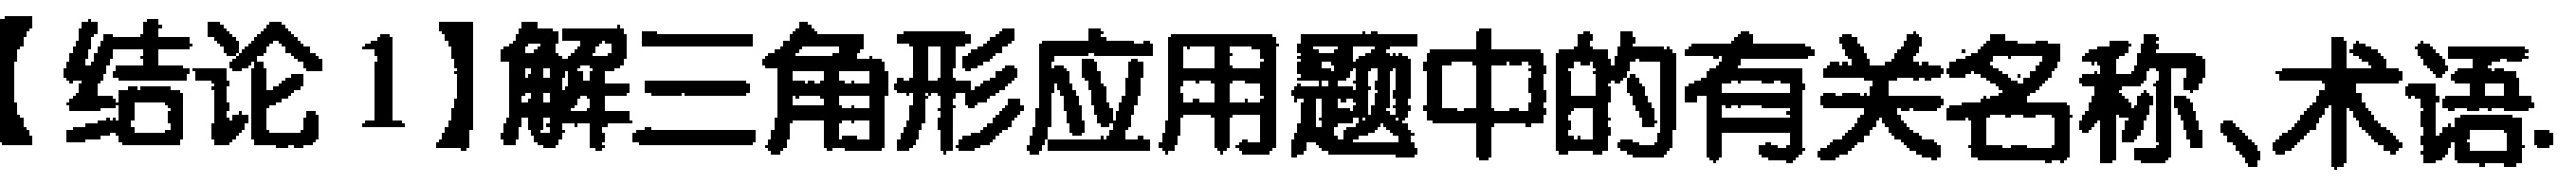
【结论1】解三角形应用题中的有关名称、术语.